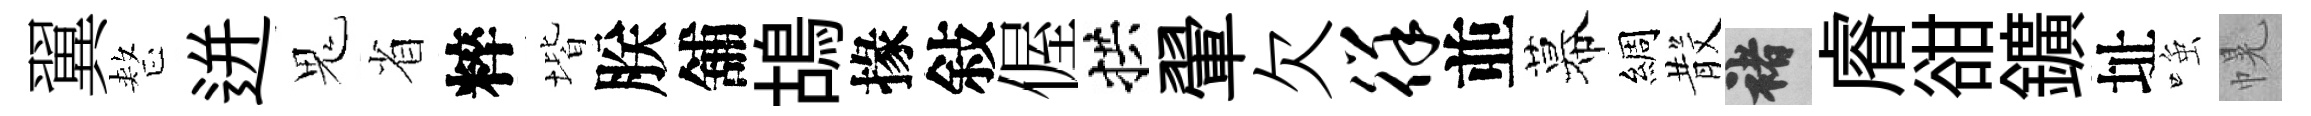
翼整迸鬼省粹堦朕舖鴣掾敍偓拱翬欠徉並幕綢𣪚褚𥈠𧮳鑛址𫪻幌